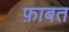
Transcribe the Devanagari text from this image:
फ़ाबत